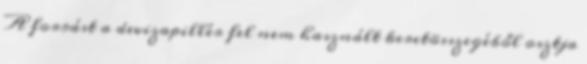
A forrást a devizapillér fel nem használt keretösszegéből osztja